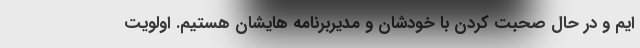
ایم و در حال صحبت کردن با خودشان و مدیربرنامه هایشان هستیم. اولویت